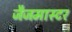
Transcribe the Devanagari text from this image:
जैजमास्टर